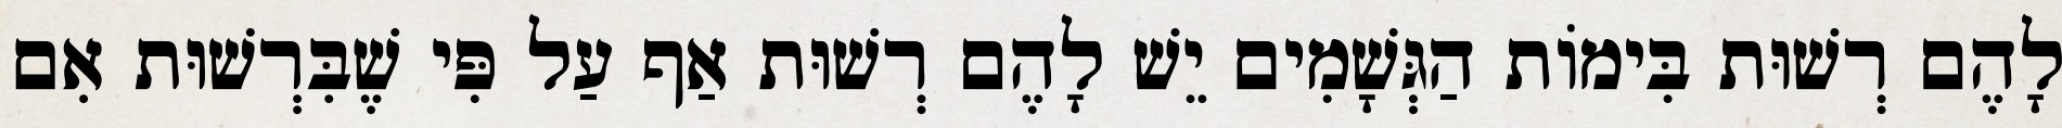
לָהֶם רְשׁוּת בִּימוֹת הַגְּשָׁמִים יֵשׁ לָהֶם רְשׁוּת אַף עַל פִּי שֶׁבִּרְשׁוּת אִם